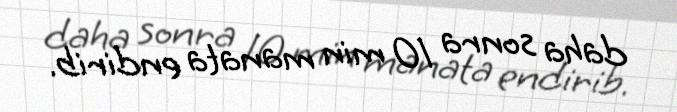
daha sonra 10 min manata endirib.